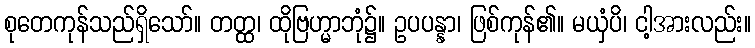
စုတေကုန်သည်ရှိသော်။ တတ္ထ၊ ထိုဗြဟ္မာဘုံ၌။ ဥပပန္နာ၊ ဖြစ်ကုန်၏။ မယှံပိ၊ ငါ့အားလည်း။